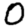
Digit: 0